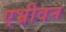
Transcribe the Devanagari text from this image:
एभ्रीवन